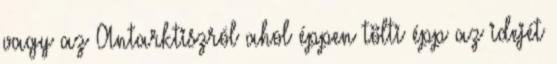
vagy az Antarktiszról ahol éppen tölti épp az idejét